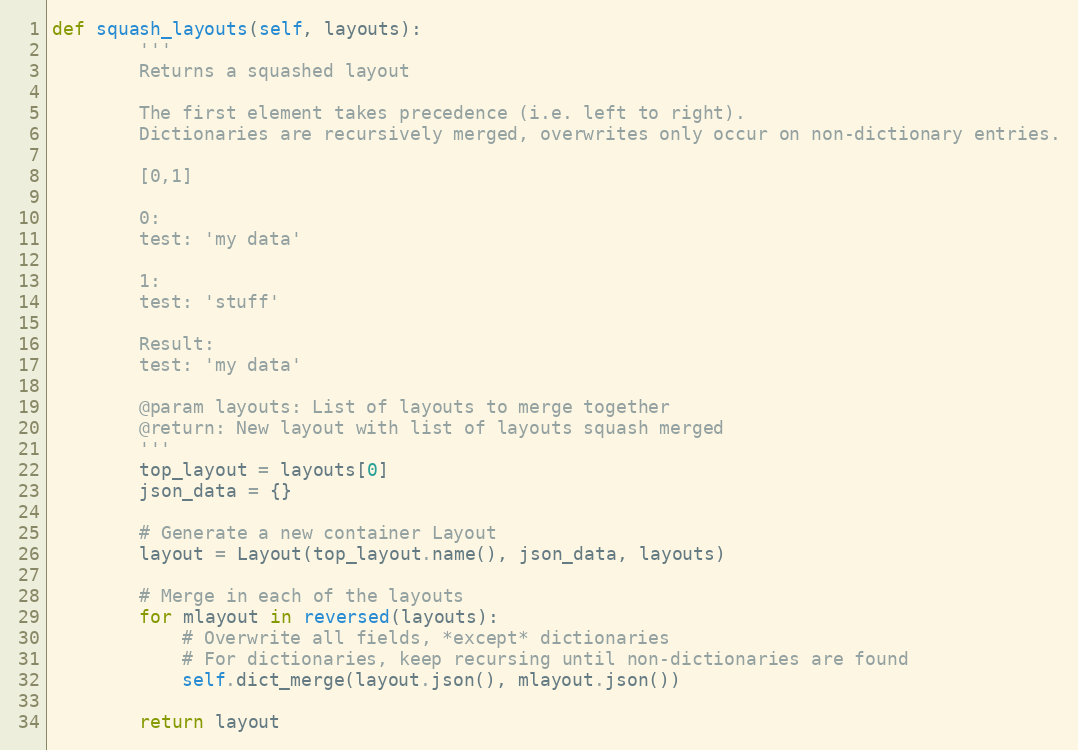
Language: Python
def squash_layouts(self, layouts):
        '''
        Returns a squashed layout

        The first element takes precedence (i.e. left to right).
        Dictionaries are recursively merged, overwrites only occur on non-dictionary entries.

        [0,1]

        0:
        test: 'my data'

        1:
        test: 'stuff'

        Result:
        test: 'my data'

        @param layouts: List of layouts to merge together
        @return: New layout with list of layouts squash merged
        '''
        top_layout = layouts[0]
        json_data = {}

        # Generate a new container Layout
        layout = Layout(top_layout.name(), json_data, layouts)

        # Merge in each of the layouts
        for mlayout in reversed(layouts):
            # Overwrite all fields, *except* dictionaries
            # For dictionaries, keep recursing until non-dictionaries are found
            self.dict_merge(layout.json(), mlayout.json())

        return layout